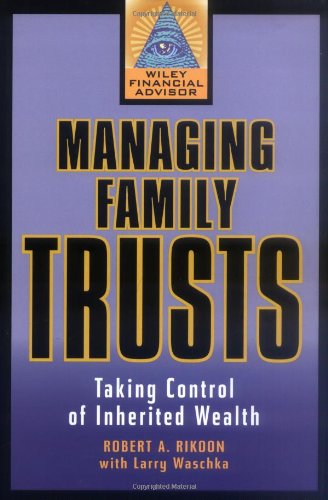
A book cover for Managing Family Trusts: Taking Control of Inherited Wealth; Robert A. Rikoon; Law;